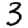
Digit: 3